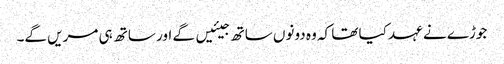
جوڑے نے عہد کیا تھا کہ وہ دونوں ساتھ جیئیں گے اور ساتھ ہی مریں گے۔